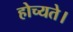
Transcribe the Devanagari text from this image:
होच्यते।